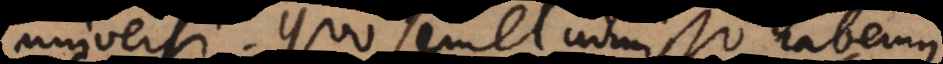
universi. Quo semel admisso habemus